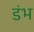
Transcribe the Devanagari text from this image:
डंभ